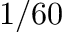
1 / 6 0